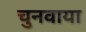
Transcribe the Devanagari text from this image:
चुनवाया